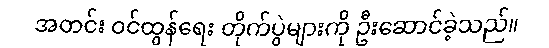
အတင်း ဝင်ထွန်ရေး တိုက်ပွဲများကို ဦးဆောင်ခဲ့သည်။